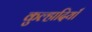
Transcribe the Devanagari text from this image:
कुल्हादियाँ